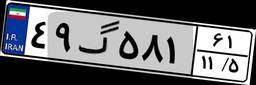
۰۱گ۱۴۲۴۹